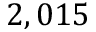
2 , 0 1 5